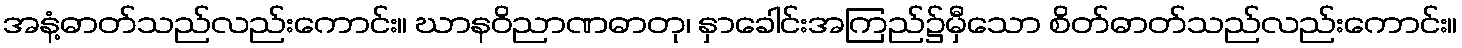
အနံ့ဓာတ်သည်လည်းကောင်း။ ဃာနဝိညာဏဓာတု၊ နှာခေါင်းအကြည်၌မှီသော စိတ်ဓာတ်သည်လည်းကောင်း။